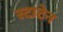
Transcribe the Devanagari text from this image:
स्टाटेन